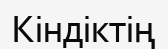
Кіндіктің